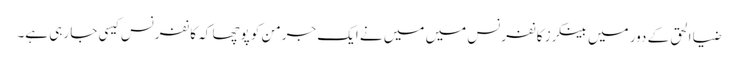
ضیا الحق کے دور میں بینکرز کانفرنس میں میں نے ایک جرمن کو پوچھا کہ کانفرنس کیسی جا رہی ہے۔